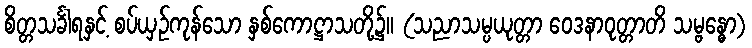
စိတ္တသင်္ခါရနှင့် စပ်ယှဉ်ကုန်သော နှစ်ကောဋ္ဌာသတို့၌။ (သညာသမ္ပယုတ္တာ ဝေဒနာဝုတ္တာတိ သမ္ဗန္ဓော)